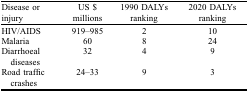
<table><thead><tr><td><b>Disease or injury</b></td><td><b>US $ millions</b></td><td><b>1990 DALYs ranking</b></td><td><b>2020 DALYs ranking</b></td></tr></thead><tbody><tr><td>HIV/AIDS</td><td>919–985</td><td>2</td><td>10</td></tr><tr><td>Malaria</td><td>60</td><td>8</td><td>24</td></tr><tr><td>Diarrhoeal diseases</td><td>32</td><td>4</td><td>9</td></tr><tr><td>Road traffic crashes</td><td>24–33</td><td>9</td><td>3</td></tr></tbody></table>